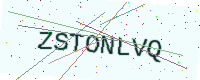
Text: ZSTONLVQ